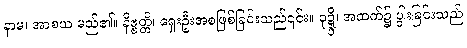
နာမ၊ အာစယ မည်၏။ နိဗ္ဗတ္တိ၊ ရှေးဦးအစဖြစ်ခြင်းသည်၎င်း။ ဝုဍ္ဍ္ဎိ၊ အထက်၌ ပွါးခြင်းသည်